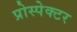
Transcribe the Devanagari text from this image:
प्रोस्पेक्टर